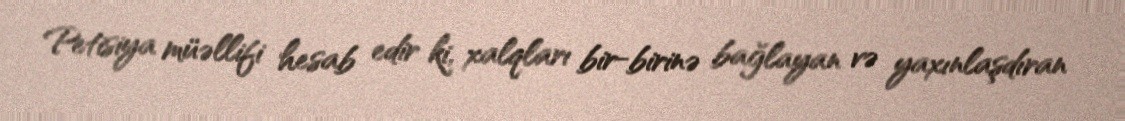
Petisiya müəllifi hesab edir ki, xalqları bir-birinə bağlayan və yaxınlaşdıran